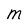
Character: m